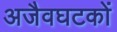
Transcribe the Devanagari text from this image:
अजैवघटकों